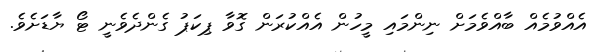
އެއްވުމެއް ބާއްވެމަށް ނިންމައި މީހުން އެއްކުރަން ގޮވާ ޕިކަޕު ގެންދެވެނީ ޓޯ ޔާޑަށެވެ.